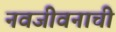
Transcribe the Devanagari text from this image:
नवजीवनाची